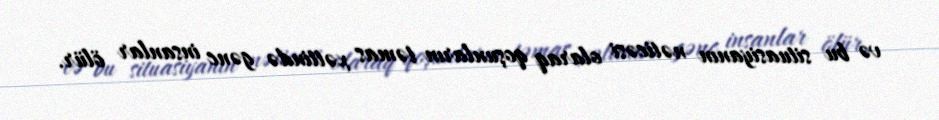
və bu situasiyanın nəticəsi olaraq qoşunların təmas xəttində gənc insanlar ölür.